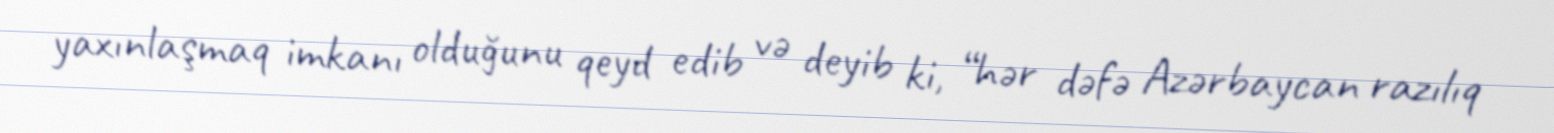
yaxınlaşmaq imkanı olduğunu qeyd edib və deyib ki, “hər dəfə Azərbaycan razılıq